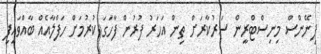
ފިނޭންސް މިނިސްޓްރީން ސަރުކާރަށް ތިން އަހަރު ފުރުން ފާހަގަ ކުރުމަށް ހަފްލާއެއް ބާއްވައިފި